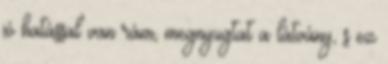
jó hatással van rám, megnyugtat a látvány, s ez